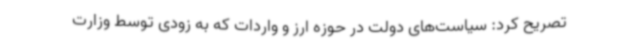
تصریح کرد: سیاست‌های دولت در حوزه ارز و واردات که به زودی توسط وزارت